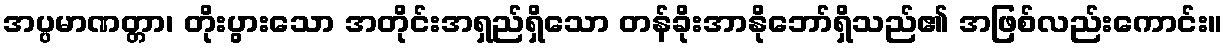
အပ္ပမာဏတ္တာ၊ တိုးပွားသော အတိုင်းအရှည်ရှိသော တန်ခိုးအာနိုဘော်ရှိသည်၏ အဖြစ်လည်းကောင်း။